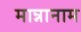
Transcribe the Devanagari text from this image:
मान्नानाम